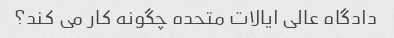
دادگاه عالی ایالات متحده چگونه کار می کند؟